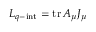
{ \cal L } _ { q - \mathrm { i n t } } = \mathrm { t r } \, A _ { \mu } J _ { \mu }